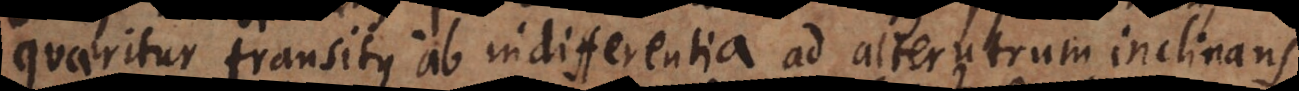
quaeritur transitus ab indifferentia ad alterutrum inclinans